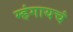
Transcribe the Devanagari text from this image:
म्हंगायचं